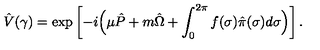
\hat { V } ( \gamma ) = \exp \left[ - i \Bigl ( \mu \hat { P } + m \hat { \Omega } + \int _ { 0 } ^ { 2 \pi } f ( \sigma ) \hat { \pi } ( \sigma ) d \sigma \Bigr ) \right] .